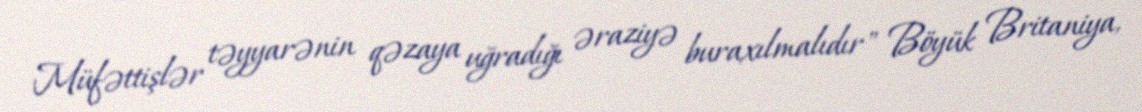
Müfəttişlər təyyarənin qəzaya uğradığı əraziyə buraxılmalıdır" Böyük Britaniya,